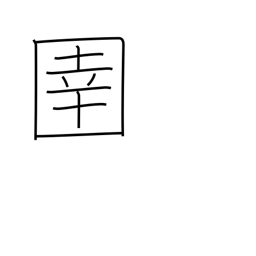
Meaning: horse tender